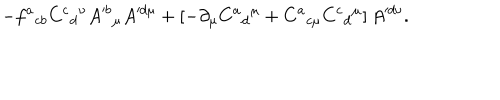
- f ^ { a } { } _ { c b } C ^ { c } { } _ { d } { } ^ { \nu } A ^ { \prime b } { } _ { \mu } A ^ { \prime d \mu } + \left[ - \partial _ { \mu } C ^ { a } { } _ { d } { } ^ { \mu } + C ^ { a } { } _ { c \mu } C ^ { c } { } _ { d } { } ^ { \mu } \right] A ^ { \prime d \nu } .